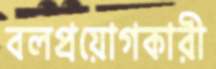
বলপ্রয়োগকারী